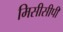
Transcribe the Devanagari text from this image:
मिसीसीपी